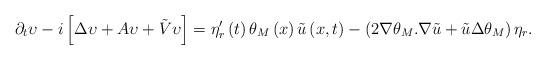
LaTeX: \begin{align*}\partial _{t}\upsilon -i\left[ \Delta \upsilon +A\upsilon +\tilde{V}\upsilon \right] =\eta _{r}^{\prime }\left( t\right) \theta _{M}\left( x\right) \tilde{u}\left( x,t\right) -\left( 2\nabla \theta _{M}.\nabla \tilde{u}+\tilde{u}\Delta \theta _{M}\right) \eta _{r}. \end{align*}